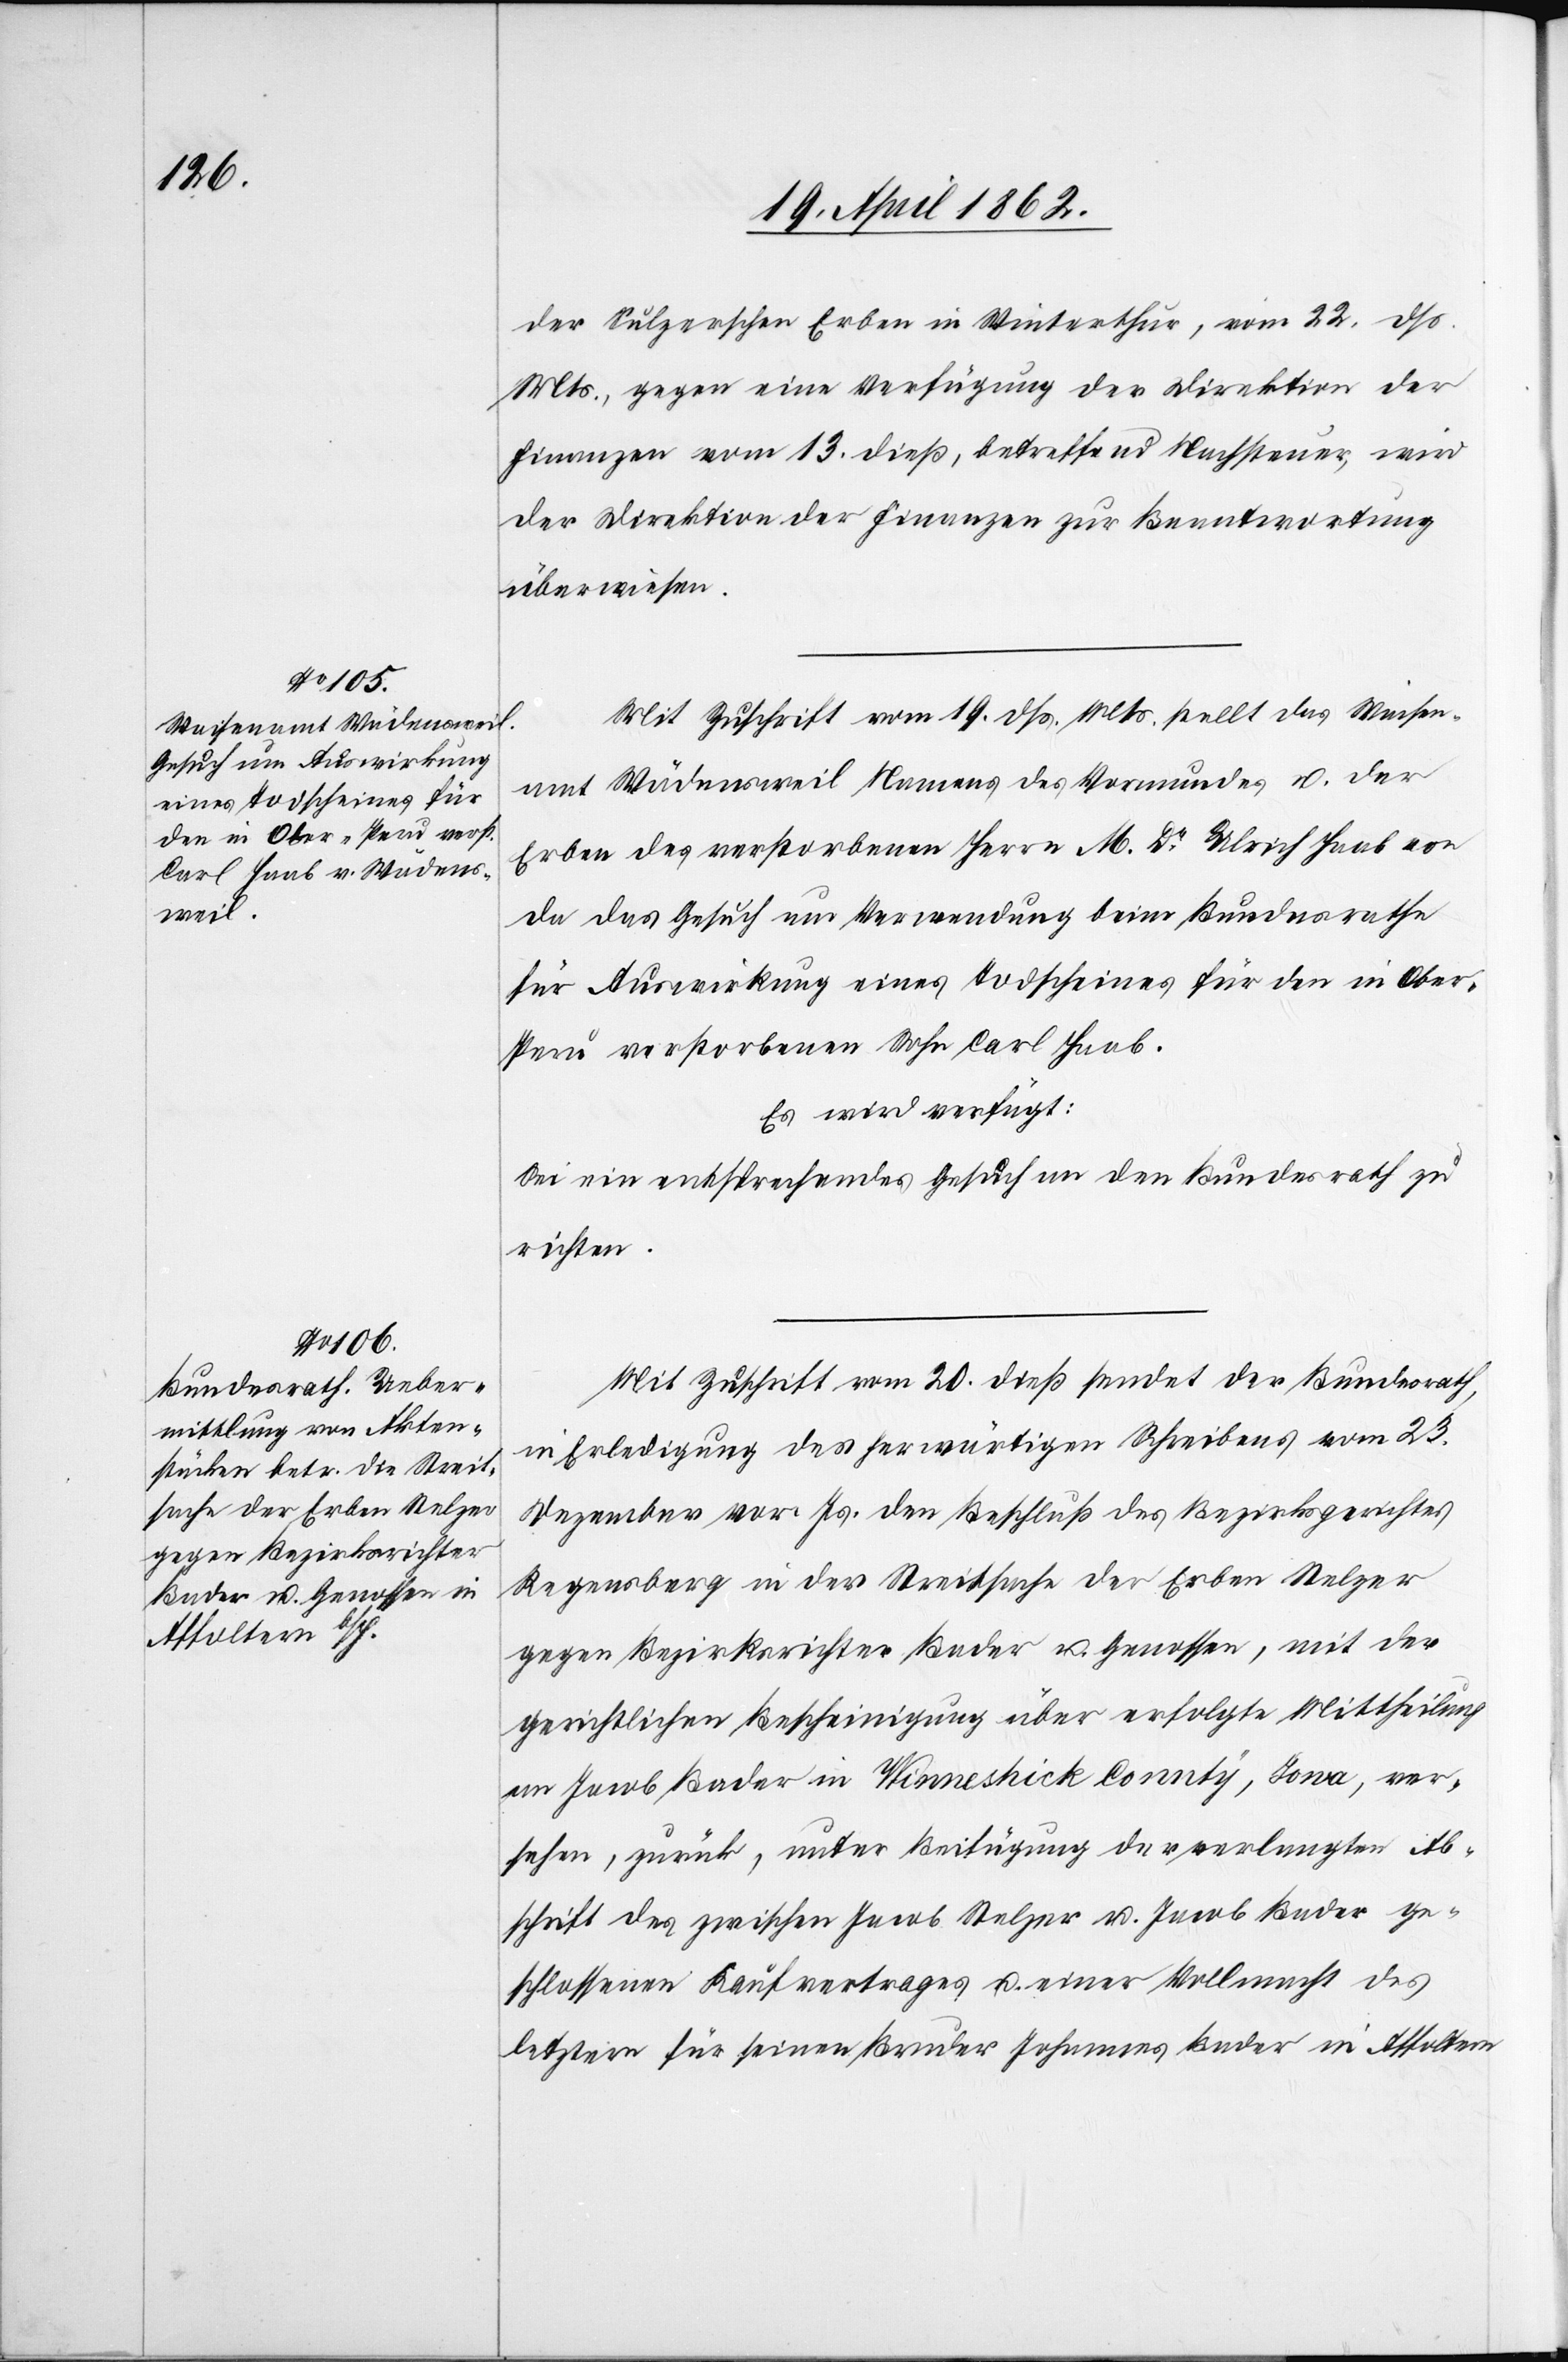
23. April 1862.]
der Sulzerschen Erben in Winterthur, vom 22. dß.
Mts., gegen eine Verfügung der Direktion der
Finanzen vom 13. dieß, betreffend Nachsteuer, wird
der Direktion der Finanzen zur Beantwortung
überwiesen.
Mit Zuschrift vom 19. dß. Mts. stellt das Waisen¬
amt Wädensweil Namens des Vormundes u. der
Erben des verstorbenen Herrn M. Dr. Ulrich Haab von
da das Gesuch um Verwendung beim Bundesrathe
für Auswirkung eines Todscheines für den in Ober-P¬
eru verstorbenen Sohn Carl Haab.
Es wird verfügt:
Sei ein entsprechendes Gesuch an den Bundesrath zu
richten.
Mit Zuschrift vom 20. dieß sendet der Bundesrath,
in Erledigung des herwärtigen Schreibens vom 23.
Dezember vor. Js. den Beschluß des Bezirksgerichtes
Regensberg in der Streitsache der Erben Stelzer
gegen Bezirksrichter Bader u. Genossen, mit der
gerichtlichen Bescheinigung über erfolgte Mittheilung
an Jacob Bader in Winneshick Connty, Iova, ver¬
sehen, zurück, unter Beifügung der verlangten Ab¬
schrift des zwischen Jacob Stelzer u. Jacob Bader ge¬
schlossenen Kaufvertrages u. einer Vollmacht des
letztern für seinen Bruder Johannes Bader in Affoltern